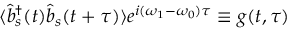
\langle { \hat { b } } _ { s } ^ { \dagger } ( t ) { \hat { b } } _ { s } ( t + \tau ) \rangle e ^ { i ( \omega _ { 1 } - \omega _ { 0 } ) \tau } \equiv g ( t , \tau )